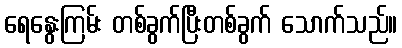
ရေနွေးကြမ်း တစ်ခွက်ပြီးတစ်ခွက် သောက်သည်။